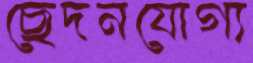
ছেদনযোগ্য